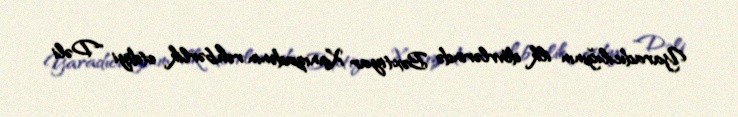
Yaradıcılığının ilk dövrlərində Bəxtiyar Xanızadənin rəhbərlik etdiyi "Dəli